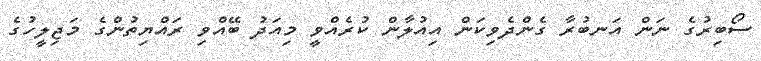
ސޯބިރުގެ ނަން އަނބުރާ ގެންދެވިކަން އިއުލާން ކުރެއްވީ މިއަދު ބޭއްވި ރައްޔިތުންގެ މަޖިލީހުގެ